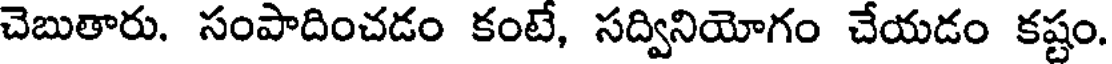
చెబుతారు. సంపాదించడం కంటే, సద్వినియోగం చేయడం కష్టం.